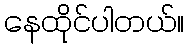
နေထိုင်ပါတယ်။